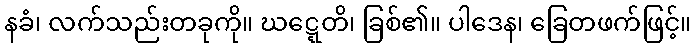
နခံ၊ လက်သည်းတခုကို။ ဃဋ္ဋေတိ၊ ခြစ်၏။ ပါဒေန၊ ခြေတဖက်ဖြင့်။